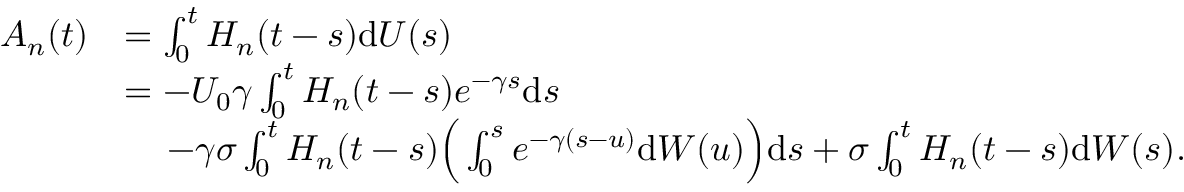
\begin{array} { r l } { A _ { n } ( t ) } & { = \int _ { 0 } ^ { t } H _ { n } ( t - s ) \mathrm { d } U ( s ) } \\ & { = - U _ { 0 } \gamma \int _ { 0 } ^ { t } H _ { n } ( t - s ) e ^ { - \gamma s } \mathrm { d } s } \\ & { \, \quad - \gamma \sigma \int _ { 0 } ^ { t } H _ { n } ( t - s ) \Big ( \int _ { 0 } ^ { s } e ^ { - \gamma ( s - u ) } \mathrm { d } W ( u ) \Big ) \mathrm { d } s + \sigma \int _ { 0 } ^ { t } H _ { n } ( t - s ) \mathrm { d } W ( s ) . } \end{array}